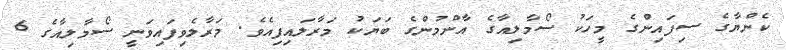
ކެންޔާގެ ސިފައިންގެ މީހަކު ސޯމާލިއާގެ އާންމުންގެ ބަޔަކު މަރާލައިފިއެވެ. މަރާލެވިފައިވަނީ ސޯމާލިއާގެ 6